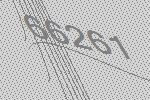
66261